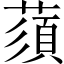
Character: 蕦